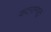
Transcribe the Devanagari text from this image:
कटरामधून